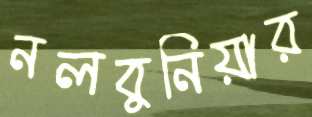
নলবুনিয়ার